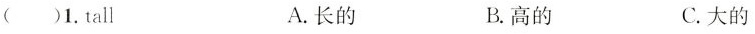
( )1.tall A.长的 B.高的 C.大的